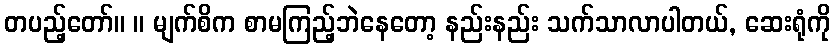
တပည့်တော်။ ။ မျက်စိက စာမကြည့်ဘဲနေတော့ နည်းနည်း သက်သာလာပါတယ်, ဆေးရုံကို